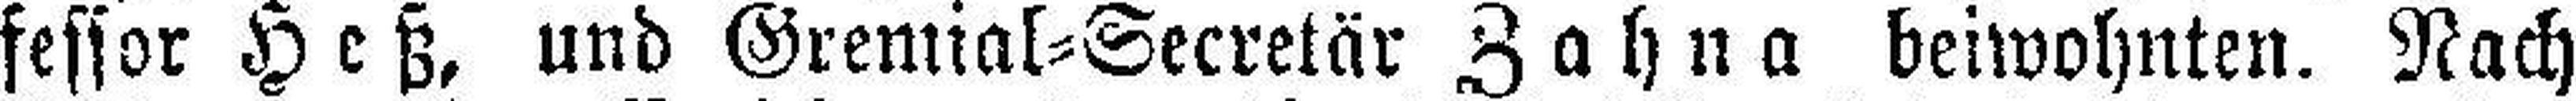
fessor Heß, und Gremial=Secretär Zahna beiwohnten. Nach